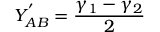
Y _ { A B } ^ { ' } = \frac { \gamma _ { 1 } - \gamma _ { 2 } } { 2 }